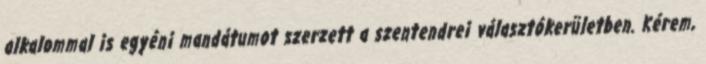
alkalommal is egyéni mandátumot szerzett a szentendrei választókerületben. Kérem,